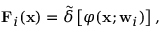
\mathbf { F } _ { i } ( \mathbf { x } ) = \tilde { \delta } \left[ \varphi ( \mathbf { x } ; \mathbf { w } _ { i } ) \right] ,